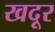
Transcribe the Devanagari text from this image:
खदूर